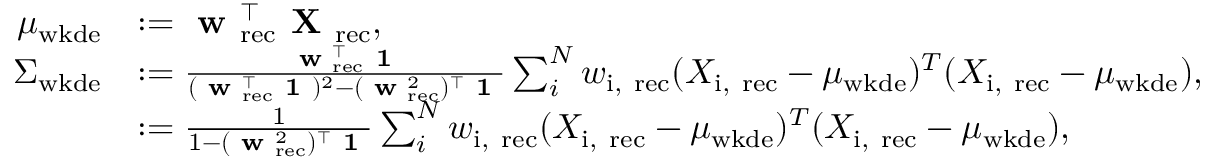
\begin{array} { r l } { \mu _ { \mathrm { w k d e } } } & { : = \textbf { w } _ { \mathrm { r e c } } ^ { \top } \textbf { X } _ { \mathrm { r e c } } , } \\ { \boldsymbol \Sigma _ { \mathrm { w k d e } } } & { : = \frac { \textbf { w } _ { \mathrm { r e c } } ^ { \top } \textbf { 1 } } { ( \textbf { w } _ { \mathrm { r e c } } ^ { \top } \textbf { 1 } ) ^ { 2 } - ( \textbf { w } _ { \mathrm { r e c } } ^ { 2 } ) ^ { \top } \textbf { 1 } } \sum _ { i } ^ { N } w _ { \mathrm { i , ~ r e c } } ( X _ { \mathrm { i , ~ r e c } } - \mu _ { \mathrm { w k d e } } ) ^ { T } ( X _ { \mathrm { i , ~ r e c } } - \mu _ { \mathrm { w k d e } } ) , } \\ & { : = \frac { 1 } { 1 - ( \textbf { w } _ { \mathrm { r e c } } ^ { 2 } ) ^ { \top } \textbf { 1 } } \sum _ { i } ^ { N } w _ { \mathrm { i , ~ r e c } } ( X _ { \mathrm { i , ~ r e c } } - \mu _ { \mathrm { w k d e } } ) ^ { T } ( X _ { \mathrm { i , ~ r e c } } - \mu _ { \mathrm { w k d e } } ) , } \end{array}